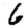
Digit: 6